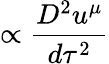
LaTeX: \propto\frac{D^{2}u^{\mu}}{d\tau^{2}}